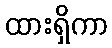
ထားရှိကာ